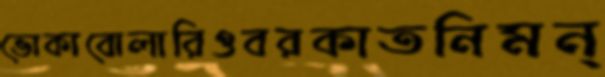
ভোকাবোলারিওবরকাতনিমন্